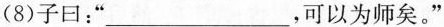
(8)子曰：”___"，可以为师矣。